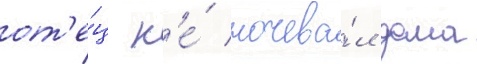
от'е́ц н'е́ ночева́л дома